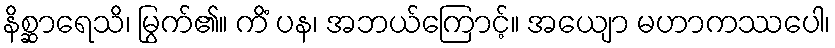
နိစ္ဆာရေသိ၊ မြွက်၏။ ကိံ ပန၊ အဘယ်ကြောင့်။ အယျော မဟာကဿပေါ၊